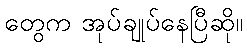
တွေက အုပ်ချုပ်နေပြီဆို။